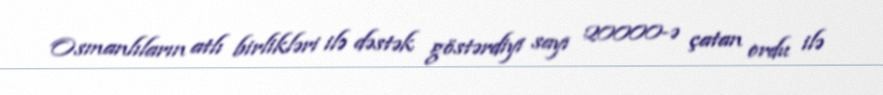
Osmanlıların atlı birlikləri ilə dəstək göstərdiyi sayı 20000-ə çatan ordu ilə